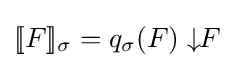
[\![F]\!]_{\sigma }=q_{\sigma }(F)\downarrow \!\!F